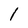
Character: l